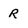
Character: R